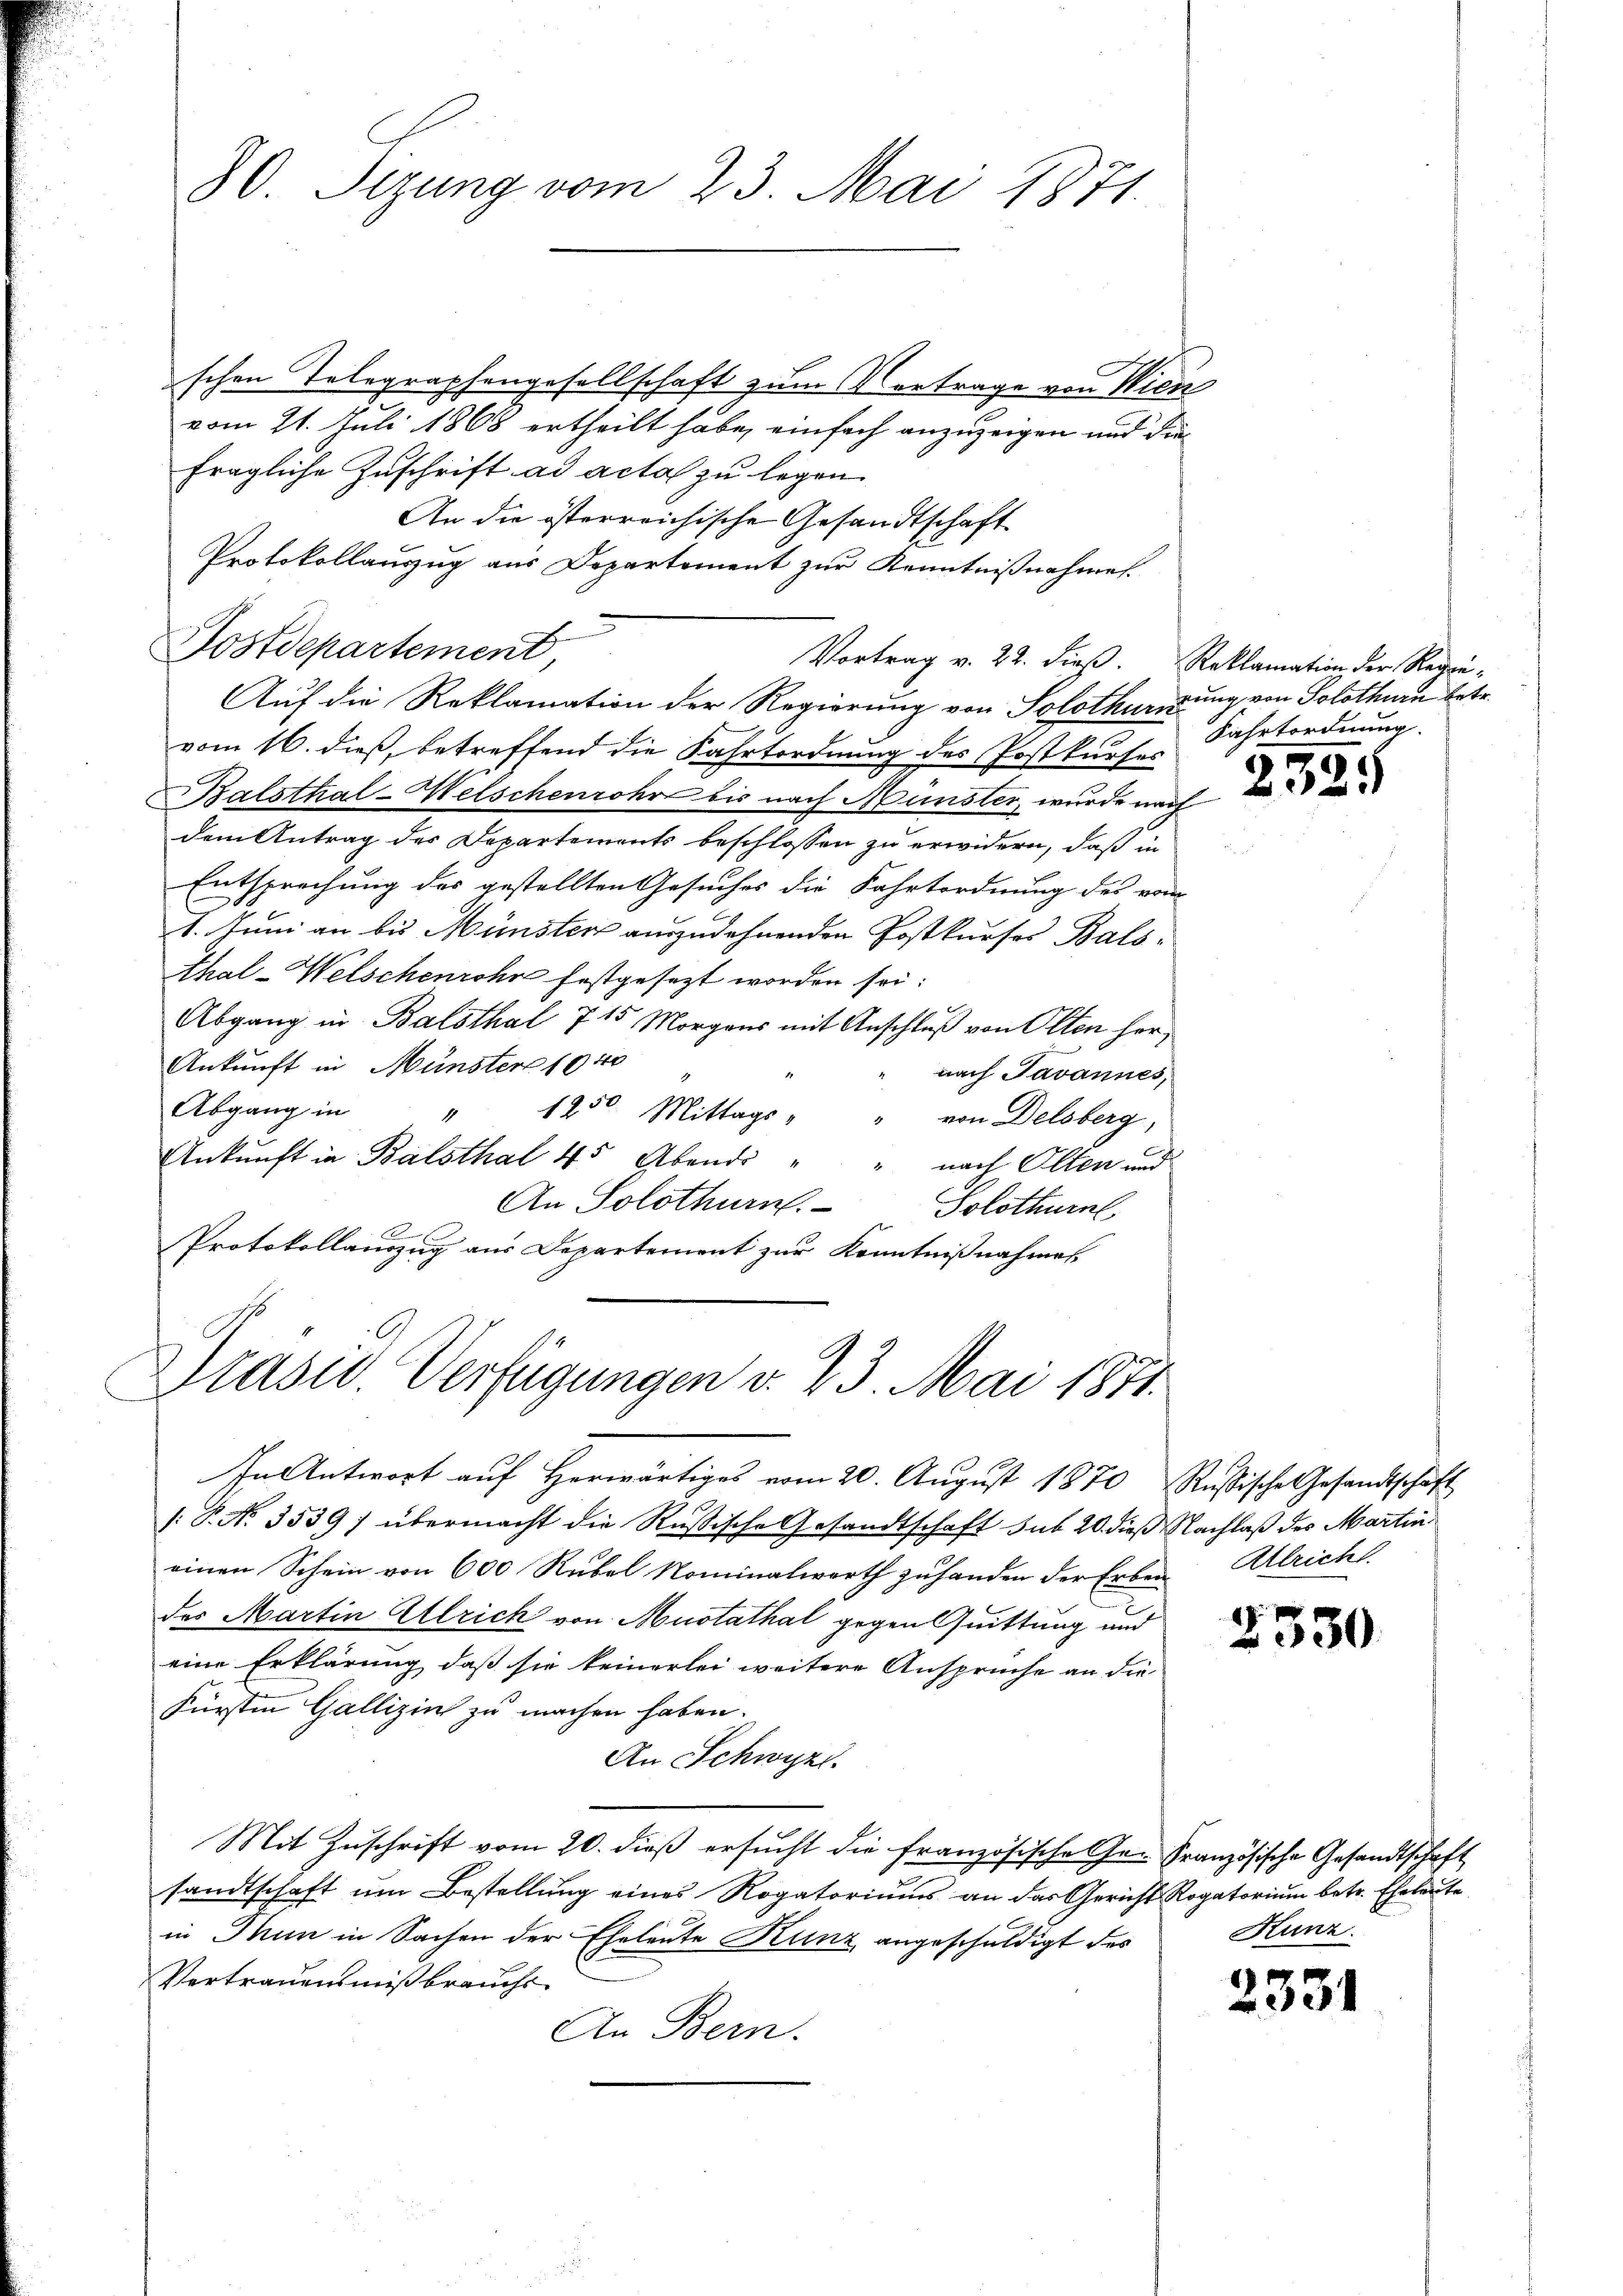
80. Sizung vom 23. Mai 1871

schen Telegraphengesellschaft zum Vortrage von Wien
vom 21. Juli 1868 ertheilt habe, einfach anzuzeigen und die
fragliche Zuschrift ad acta zu legen
An die österreichische Gesandtschaft
Protokollauszug aus Departement zur Kenntnißnahmen.
Postdepartement,
Auf die Reklamation der Regierung von Solothuendung von Solothurn betr.
vom 16. dieß, betreffend die Fahrtordnung des Postkurses
Balsthal-Welschenrohr bis nach Münster, wurde nach
dem Antrag des Departements beschlossen zu erwidern, daß in
Entsprechung des gestellten Gesuches die Fahrtordnung des vom
1. Juni an bis Münster auszudehnenden Postkurses Bals-
thal-Welschenrohr festgesezt worden sei.
Abgang in Balsthal 7 15 Morgens mit Anschluß von Olten her,
Ankunft in Münster 1940
nach Javannes,
Abgang in " 1250. Mittags " " von Delsberg,
Ankunft in Balsthal 45 Abends " " nach Olten und
An Solothurn.
Solothurn
K
Protokollanzug aus Departement zur Kenntnißnahmes

Vortrag v. 22. dieß. Reklamation der Regie-

Präsid. Verfügungen v. 23. Mai 1871.

In Antwort auf Herwärtiges vom 20. August 1870 Russische Gesandtschaft

P. No. 3539) übermacht die Rußische Gesandtschaft sub 20. dieß Nachlaß des Martin
einen Schein von 600 Rubel Nominalwerth zu handen der Erben Allrich

des Martin Ulrich von Mustathal gegen Quittung und
eine Erklärung, daß sie keinerlei weitere Ansprüche an die
Fürsten Gallizin zu machen haben.
An Schwyz.
Mit Zuschrift vom 20. dieß ersucht die französische Ge- Französische Gesandtschaft
sandtschaft um Bestellung eines Rogatoriums an das Gericht Rogatorium betr. Eheleute
in Thun in Sachen der Eheleute Kunz angeschuldigt des
Vertrauensmißbrauchs
An Bern.

Fahrtordnung.

2325

2330

.
x

Kunz.